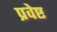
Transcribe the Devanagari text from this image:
प्रवेष्ट